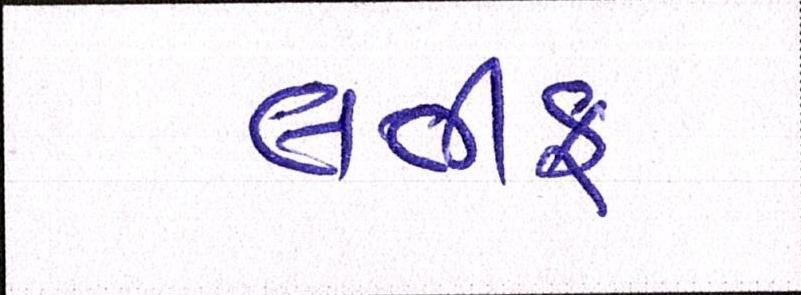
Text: લતીફ